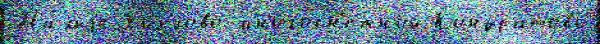
Ма́лыjе Хохлово многосн'ежной Кондратово